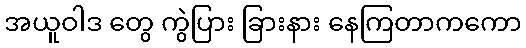
အယူဝါဒ တွေ ကွဲပြား ခြားနား နေကြတာကကော